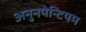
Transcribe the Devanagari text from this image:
अनुनपेन्टियम